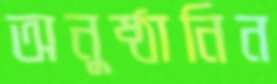
অনুষ্ঠানিন